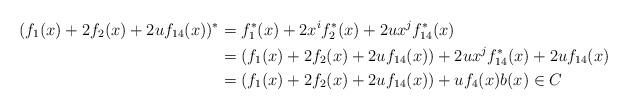
LaTeX: \begin{align*}(f_1(x)+2f_2(x)+2uf_{14}(x))^* & = f_1^*(x)+2x^if_2^*(x)+2ux^jf_{14}^*(x) \\ & = (f_1(x)+2f_2(x)+2uf_{14}(x))+2ux^jf_{14}^*(x)+2uf_{14}(x) \\ &=(f_1(x)+2f_2(x)+2uf_{14}(x))+uf_4(x)b(x) \in C \end{align*}